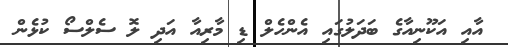
އާއި އަކޫނިއާގެ ބަދަލުގައި އެންހެލް ޑި މާރިއާ އަދި ލޮ ސެލްސޯ ކުޅެން